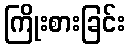
ကြိုးစားခြင်း